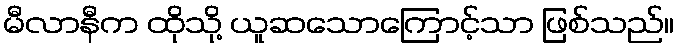
မီလာနီက ထိုသို့ ယူဆသောကြောင့်သာ ဖြစ်သည်။